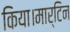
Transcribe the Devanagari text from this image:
किया।मार्टिन